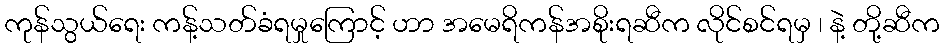
ကုန်သွယ်ရေး ကန့်သတ်ခံရမှုကြောင့် ဟာ အမေရိကန်အစိုးရဆီက လိုင်စင်ရမှ ၊ နဲ့ တို့ဆီက